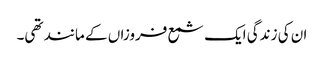
ان کی زندگی ایک شمع فروزاں کے مانند تھی۔